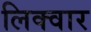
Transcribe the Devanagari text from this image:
लिक्वार